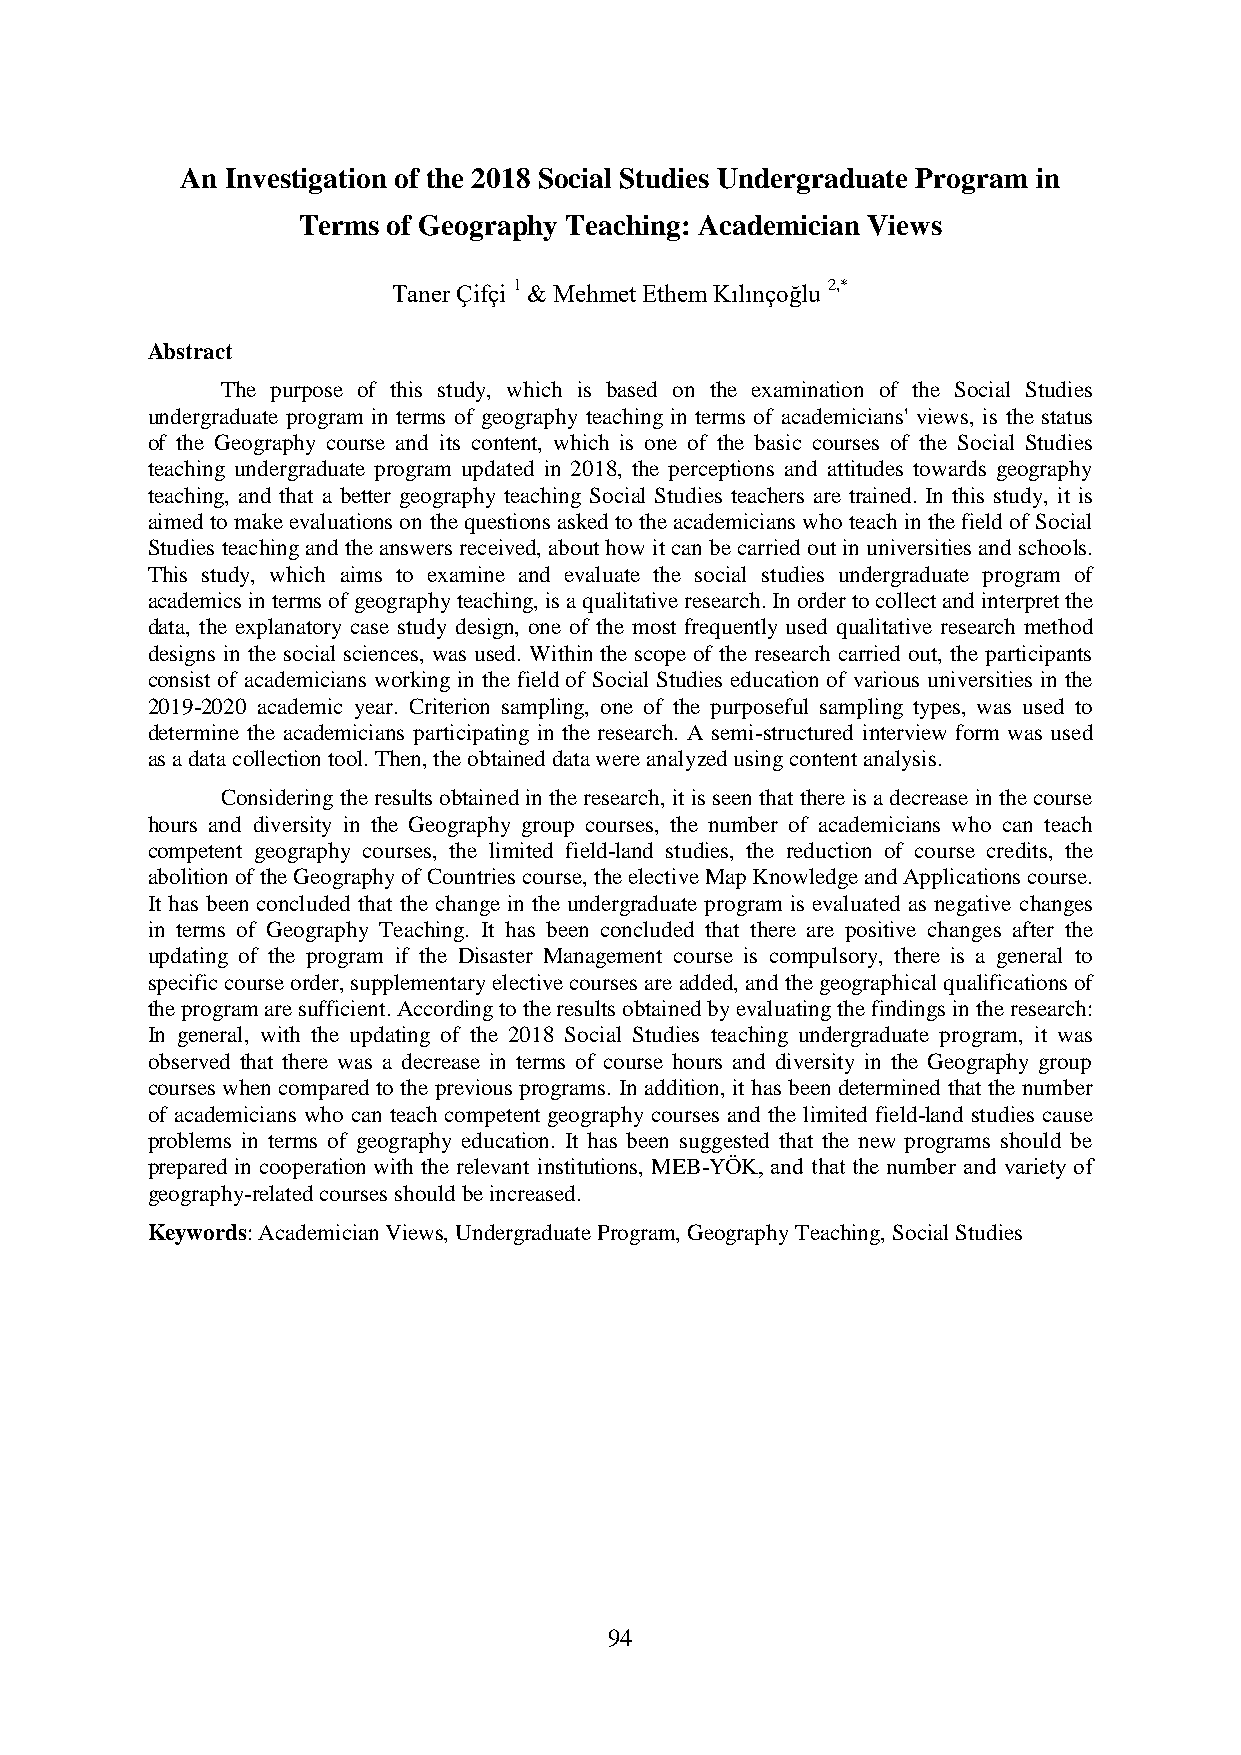
An Investigation of the 2018 Social Studies Undergraduate Program in
 Terms of Geography Teaching: Academician Views
 Taner Çifçi 1 & Mehmet Ethem Kılınçoğlu 2,*
 Abstract
 The purpose of this study, which is based on the examination of the Social Studies
 undergraduate program in terms of geography teaching in terms of academicians' views, is the status
 of the Geography course and its content, which is one of the basic courses of the Social Studies
 teaching undergraduate program updated in 2018, the perceptions and attitudes towards geography
 teaching, and that a better geography teaching Social Studies teachers are trained. In this study, it is
 aimed to make evaluations on the questions asked to the academicians who teach in the field of Social
 Studies teaching and the answers received, about how it can be carried out in universities and schools.
 This study, which aims to examine and evaluate the social studies undergraduate program of
 academics in terms of geography teaching, is a qualitative research. In order to collect and interpret the
 data, the explanatory case study design, one of the most frequently used qualitative research method
 designs in the social sciences, was used. Within the scope of the research carried out, the participants
 consist of academicians working in the field of Social Studies education of various universities in the
 2019-2020 academic year. Criterion sampling, one of the purposeful sampling types, was used to
 determine the academicians participating in the research. A semi-structured interview form was used
 as a data collection tool. Then, the obtained data were analyzed using content analysis.
 Considering the results obtained in the research, it is seen that there is a decrease in the course
 hours and diversity in the Geography group courses, the number of academicians who can teach
 competent geography courses, the limited field-land studies, the reduction of course credits, the
 abolition of the Geography of Countries course, the elective Map Knowledge and Applications course.
 It has been concluded that the change in the undergraduate program is evaluated as negative changes
 in terms of Geography Teaching. It has been concluded that there are positive changes after the
 updating of the program if the Disaster Management course is compulsory, there is a general to
 specific course order, supplementary elective courses are added, and the geographical qualifications of
 the program are sufficient. According to the results obtained by evaluating the findings in the research:
 In general, with the updating of the 2018 Social Studies teaching undergraduate program, it was
 observed that there was a decrease in terms of course hours and diversity in the Geography group
 courses when compared to the previous programs. In addition, it has been determined that the number
 of academicians who can teach competent geography courses and the limited field-land studies cause
 problems in terms of geography education. It has been suggested that the new programs should be
 prepared in cooperation with the relevant institutions, MEB-YÖK, and that the number and variety of
 geography-related courses should be increased.
 Keywords: Academician Views, Undergraduate Program, Geography Teaching, Social Studies
 94